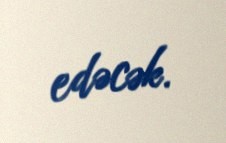
edəcək.